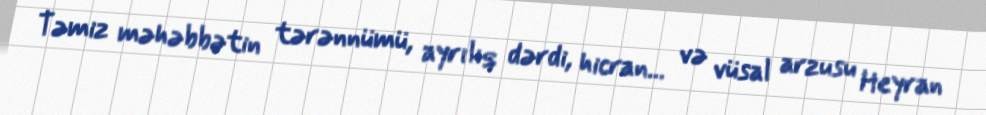
Təmiz məhəbbətin tərənnümü, ayrılıq dərdi, hicran... və vüsal arzusu Heyran